Annual report of the Madras Medical College
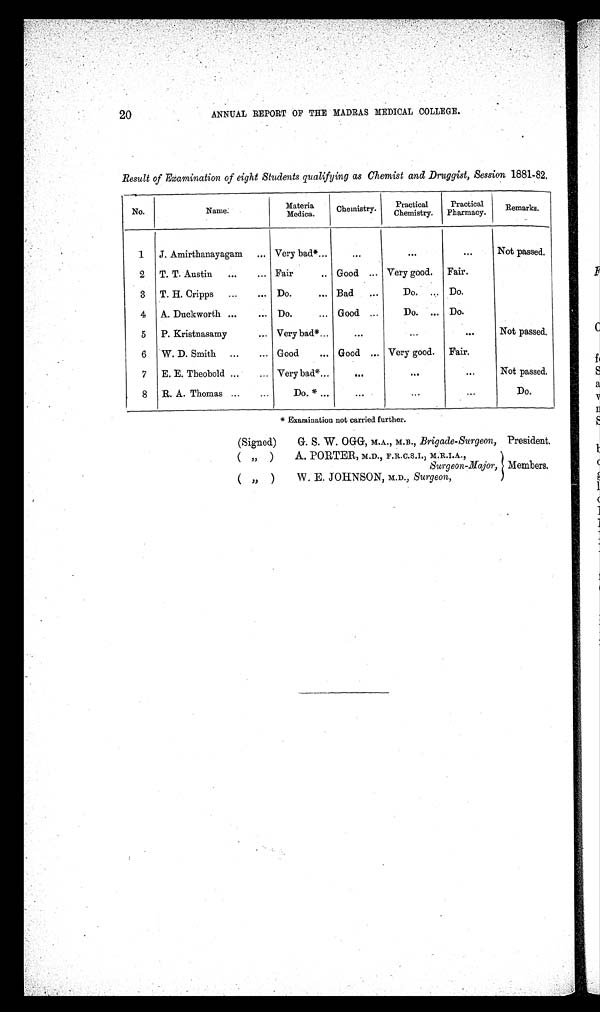
20
ANNUAL REPORT OF THE MADRAS MEDICAL COLLEGE.
Result of Examination of eight Students qualifying as Chemist and Druggist, Session 1881-82.
No.
Name.
Materia
Medica.
Chemistry.
Practical
Chemistry.
Practical
Pharmacy.
Remarks.
1
J. Amirthanayagam
... Very bad*...
. . .
. . .
...
Not passed.
2
T. T. Austin
...
... Fair
.. Good ... Very good.
Fair.
3
T. H. Cripps
...
... Do.
... Bad
...
Do. ... Do.
4
A. Duckworth ...
... Do.
... Good ...
Do. ... Do.
5
P. Kristnasamy
... Very bad* ...
. . .
. . .
. . .
Not passed.
6
W. D. Smith
...
... Good
... Good ... Very good.
Fair.
7
E. E. Theobold ...
... Very bad* ...
. . .
...
...
Not passed.
8
R. A. Thomas ...
...
Do. * ...
...
. . .
...
Do.
* Examination not carried further.
(Signed)
G. S. W. OGG, M.A., M.B., Brigade-Surgeon, President.
( " )
A. PORTER, M.D., F.R.C.S.I., M.R.I.A.,
Surgeon-Major, Members.
( " ) W. E. JOHNSON, M.D., Surgeon,